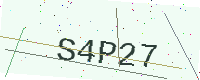
Text: S4P27